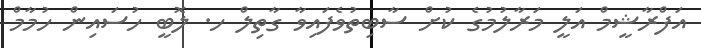
އަފްރާޝީމް އަލީ މަރާލުމުގެ ކުށް ސާބިތުވެފައިވާ ގާތިލް ހ. ލޮބީ ހުސައިން ހުމާމް